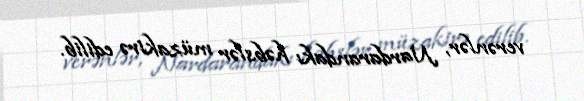
verənlər, Nardarandakı həbslər müzakirə edilib.